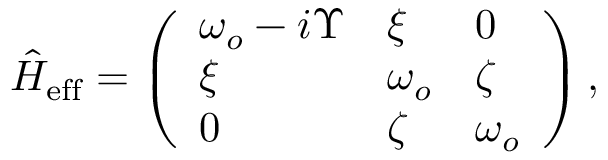
\begin{array} { r } { \hat { H } _ { \mathrm { e f f } } = \left( \begin{array} { l l l } { \omega _ { o } - i \Upsilon } & { \xi } & { 0 } \\ { \xi } & { \omega _ { o } } & { \zeta } \\ { 0 } & { \zeta } & { \omega _ { o } } \end{array} \right) , } \end{array}